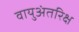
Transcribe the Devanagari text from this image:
वायुअंतरिक्ष